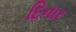
દિનાર